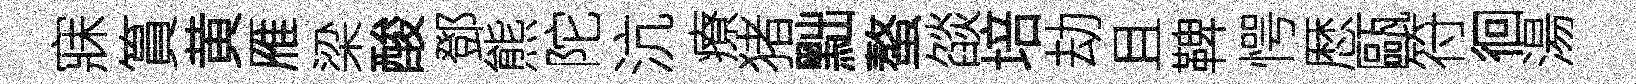
寐篔黄雁梁酸鄧熊陀沆療猪黜螯燄培劫且鞞愕厯甌符徊湯